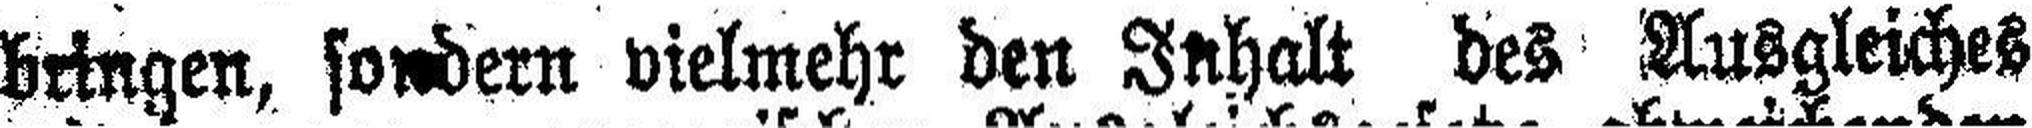
bringen, sondern vielmehr den Inhalt des Ausgleiches